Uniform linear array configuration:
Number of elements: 24
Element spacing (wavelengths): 0.75
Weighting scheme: kaiser
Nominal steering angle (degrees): -60
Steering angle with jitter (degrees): -60.947
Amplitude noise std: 0.05
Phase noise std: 0.05

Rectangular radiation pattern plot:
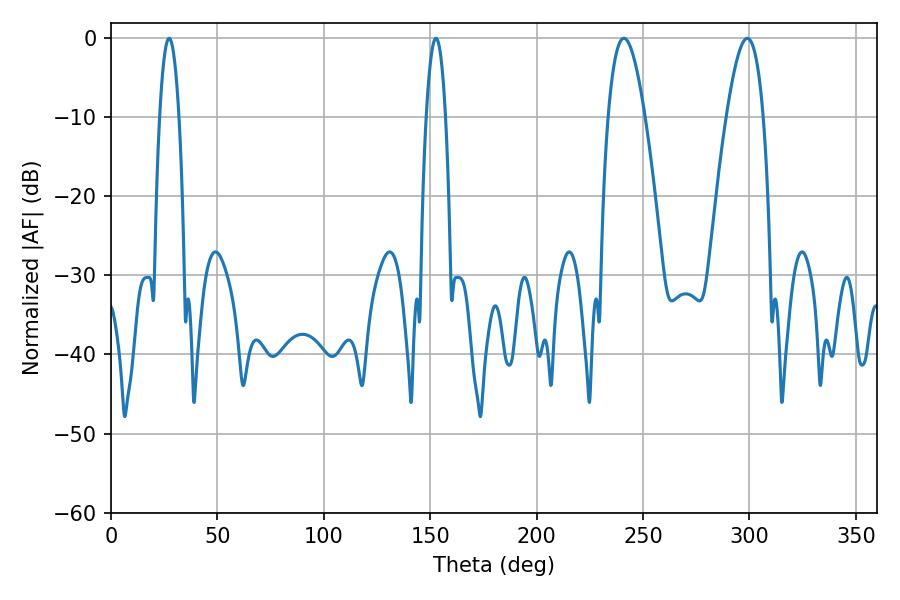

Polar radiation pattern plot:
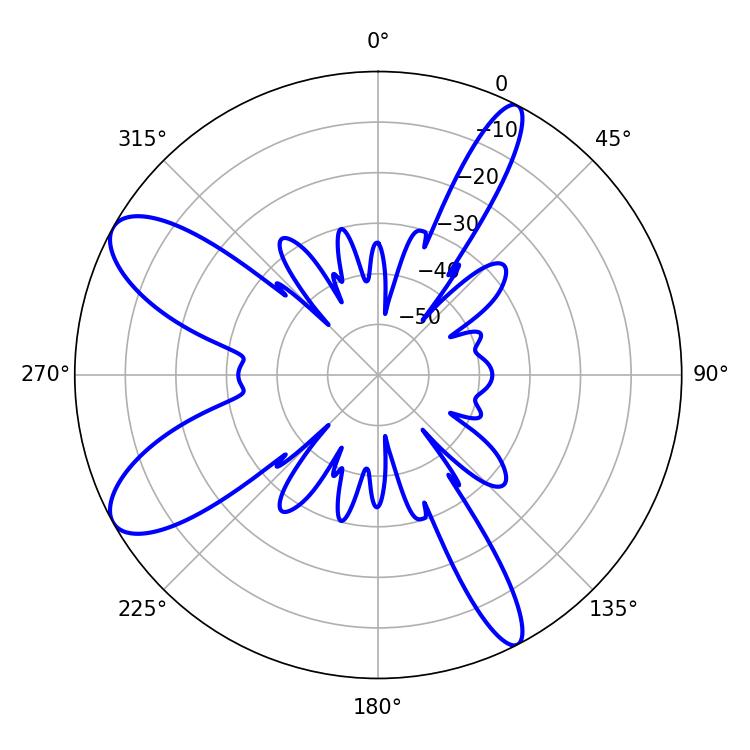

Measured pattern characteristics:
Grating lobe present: TRUE
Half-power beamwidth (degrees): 9.36
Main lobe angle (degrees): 241.02